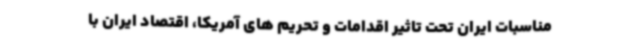
مناسبات ایران تحت تاثیر اقدامات و تحریم های آمریکا، اقتصاد ایران با